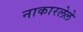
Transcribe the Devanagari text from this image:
नाकारलेले